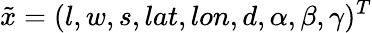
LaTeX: \tilde{x}=(l,w,s,lat,lon,d,\alpha,\beta,\gamma)^{T}